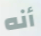
أنه